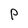
Character: P